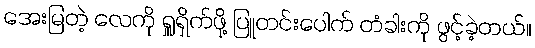
အေးမြတဲ့ လေကို ရှူရှိက်ဖို့ ပြူတင်းပေါက် တံခါးကို ဖွင့်ခဲ့တယ်။